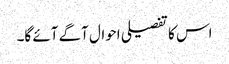
اس کا تفصیلی احوال آگے آئے گا۔